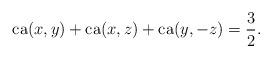
LaTeX: \begin{align*}\mathrm{ca}(x,y)+\mathrm{ca}(x,z)+\mathrm{ca}(y,-z) = \frac{3}{2}.\end{align*}